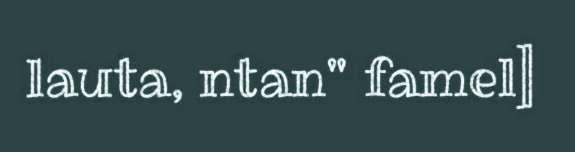
lauta, ntan" famel]